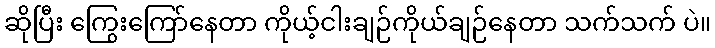
ဆိုပြီး ကြွေးကြော်နေတာ ကိုယ့်ငါးချဉ်ကိုယ်ချဉ်နေတာ သက်သက် ပဲ။